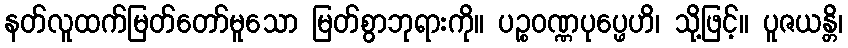
နတ်လူထက်မြတ်တော်မူသော မြတ်စွာဘုရားကို။ ပဉ္စဝဏ္ဏပုပ္ဖေဟိ၊ သို့ဖြင့်။ ပူဇယန္တိ၊